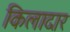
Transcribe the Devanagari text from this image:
किलादार